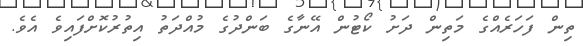
ތިން ފަހަރެއްގެ މަތިން ދަށު ކޯޓުން އޭނާގެ ބަންދުގެ މުއްދަތު އިތުރުކޮށްފައިވެ އެވެ.